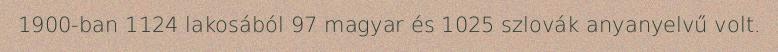
1900-ban 1124 lakosából 97 magyar és 1025 szlovák anyanyelvű volt.